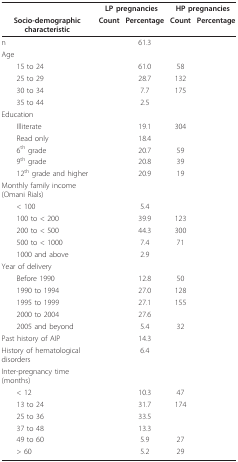
<table><thead><tr><td>[EMPTY_CELL]</td><td colspan="2"><b>LP pregnancies</b></td><td colspan="2"><b>HP pregnancies</b></td></tr><tr><td><b>Socio-demographic characteristic</b></td><td><b>Count</b></td><td><b>Percentage</b></td><td><b>Count</b></td><td><b>Percentage</b></td></tr></thead><tbody><tr><td>n</td><td>[EMPTY_CELL]</td><td>61.3</td><td>[EMPTY_CELL]</td><td>[EMPTY_CELL]</td></tr><tr><td>Age</td><td>[EMPTY_CELL]</td><td>[EMPTY_CELL]</td><td>[EMPTY_CELL]</td><td>[EMPTY_CELL]</td></tr><tr><td> 15 to 24</td><td>[EMPTY_CELL]</td><td>61.0</td><td>58</td><td>[EMPTY_CELL]</td></tr><tr><td> 25 to 29</td><td>[EMPTY_CELL]</td><td>28.7</td><td>132</td><td>[EMPTY_CELL]</td></tr><tr><td> 30 to 34</td><td>[EMPTY_CELL]</td><td>7.7</td><td>175</td><td>[EMPTY_CELL]</td></tr><tr><td> 35 to 44</td><td>[EMPTY_CELL]</td><td>2.5</td><td>[EMPTY_CELL]</td><td>[EMPTY_CELL]</td></tr><tr><td>Education</td><td>[EMPTY_CELL]</td><td>[EMPTY_CELL]</td><td>[EMPTY_CELL]</td><td>[EMPTY_CELL]</td></tr><tr><td> Illiterate</td><td>[EMPTY_CELL]</td><td>19.1</td><td>304</td><td>[EMPTY_CELL]</td></tr><tr><td> Read only</td><td>[EMPTY_CELL]</td><td>18.4</td><td>[EMPTY_CELL]</td><td>[EMPTY_CELL]</td></tr><tr><td> 6<sup>th </sup>grade</td><td>[EMPTY_CELL]</td><td>20.7</td><td>59</td><td>[EMPTY_CELL]</td></tr><tr><td> 9<sup>th </sup>grade</td><td>[EMPTY_CELL]</td><td>20.8</td><td>39</td><td>[EMPTY_CELL]</td></tr><tr><td> 12<sup>th </sup>grade and higher</td><td>[EMPTY_CELL]</td><td>20.9</td><td>19</td><td>[EMPTY_CELL]</td></tr><tr><td>Monthly family income (Omani Rials)</td><td>[EMPTY_CELL]</td><td>[EMPTY_CELL]</td><td>[EMPTY_CELL]</td><td>[EMPTY_CELL]</td></tr><tr><td> &lt; 100</td><td>[EMPTY_CELL]</td><td>5.4</td><td>[EMPTY_CELL]</td><td>[EMPTY_CELL]</td></tr><tr><td> 100 to &lt; 200</td><td>[EMPTY_CELL]</td><td>39.9</td><td>123</td><td>[EMPTY_CELL]</td></tr><tr><td> 200 to &lt; 500</td><td>[EMPTY_CELL]</td><td>44.3</td><td>300</td><td>[EMPTY_CELL]</td></tr><tr><td> 500 to &lt; 1000</td><td>[EMPTY_CELL]</td><td>7.4</td><td>71</td><td>[EMPTY_CELL]</td></tr><tr><td> 1000 and above</td><td>[EMPTY_CELL]</td><td>2.9</td><td>[EMPTY_CELL]</td><td>[EMPTY_CELL]</td></tr><tr><td>Year of delivery</td><td>[EMPTY_CELL]</td><td>[EMPTY_CELL]</td><td>[EMPTY_CELL]</td><td>[EMPTY_CELL]</td></tr><tr><td> Before 1990</td><td>[EMPTY_CELL]</td><td>12.8</td><td>50</td><td>[EMPTY_CELL]</td></tr><tr><td> 1990 to 1994</td><td>[EMPTY_CELL]</td><td>27.0</td><td>128</td><td>[EMPTY_CELL]</td></tr><tr><td> 1995 to 1999</td><td>[EMPTY_CELL]</td><td>27.1</td><td>155</td><td>[EMPTY_CELL]</td></tr><tr><td> 2000 to 2004</td><td>[EMPTY_CELL]</td><td>27.6</td><td>[EMPTY_CELL]</td><td>[EMPTY_CELL]</td></tr><tr><td> 2005 and beyond</td><td>[EMPTY_CELL]</td><td>5.4</td><td>32</td><td>[EMPTY_CELL]</td></tr><tr><td>Past history of AIP</td><td>[EMPTY_CELL]</td><td>14.3</td><td>[EMPTY_CELL]</td><td>[EMPTY_CELL]</td></tr><tr><td>History of hematological disorders</td><td>[EMPTY_CELL]</td><td>6.4</td><td>[EMPTY_CELL]</td><td>[EMPTY_CELL]</td></tr><tr><td>Inter-pregnancy time (months)</td><td>[EMPTY_CELL]</td><td>[EMPTY_CELL]</td><td>[EMPTY_CELL]</td><td>[EMPTY_CELL]</td></tr><tr><td> &lt; 12</td><td>[EMPTY_CELL]</td><td>10.3</td><td>47</td><td>[EMPTY_CELL]</td></tr><tr><td> 13 to 24</td><td>[EMPTY_CELL]</td><td>31.7</td><td>174</td><td>[EMPTY_CELL]</td></tr><tr><td> 25 to 36</td><td>[EMPTY_CELL]</td><td>33.5</td><td>[EMPTY_CELL]</td><td>[EMPTY_CELL]</td></tr><tr><td> 37 to 48</td><td>[EMPTY_CELL]</td><td>13.3</td><td>[EMPTY_CELL]</td><td>[EMPTY_CELL]</td></tr><tr><td> 49 to 60</td><td>[EMPTY_CELL]</td><td>5.9</td><td>27</td><td>[EMPTY_CELL]</td></tr><tr><td> &gt; 60</td><td>[EMPTY_CELL]</td><td>5.2</td><td>29</td><td>[EMPTY_CELL]</td></tr></tbody></table>